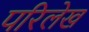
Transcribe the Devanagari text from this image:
परिलेख